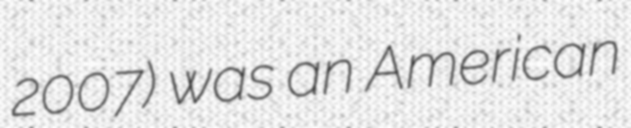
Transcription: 2007) was an American